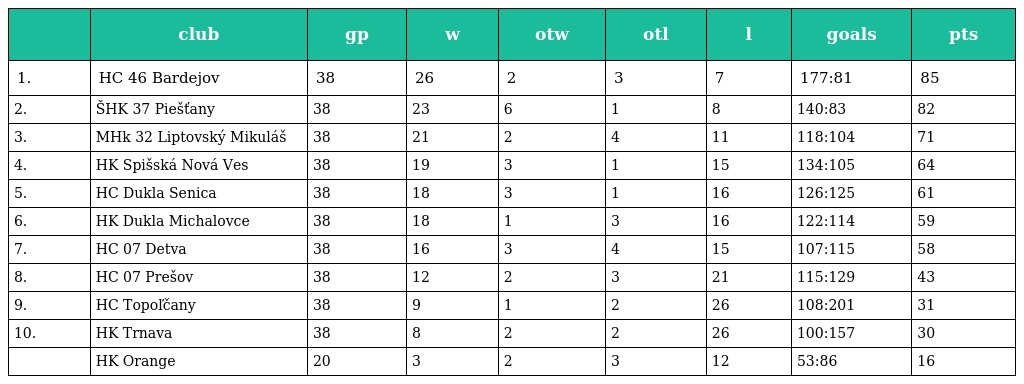
|  | club | gp | w | otw | otl | l | goals | pts |
 | --- | --- | --- | --- | --- | --- | --- | --- | --- |
 | 1. | HC 46 Bardejov | 38 | 26 | 2 | 3 | 7 | 177:81 | 85 |
 | 2. | ŠHK 37 Piešťany | 38 | 23 | 6 | 1 | 8 | 140:83 | 82 |
 | 3. | MHk 32 Liptovský Mikuláš | 38 | 21 | 2 | 4 | 11 | 118:104 | 71 |
 | 4. | HK Spišská Nová Ves | 38 | 19 | 3 | 1 | 15 | 134:105 | 64 |
 | 5. | HC Dukla Senica | 38 | 18 | 3 | 1 | 16 | 126:125 | 61 |
 | 6. | HK Dukla Michalovce | 38 | 18 | 1 | 3 | 16 | 122:114 | 59 |
 | 7. | HC 07 Detva | 38 | 16 | 3 | 4 | 15 | 107:115 | 58 |
 | 8. | HC 07 Prešov | 38 | 12 | 2 | 3 | 21 | 115:129 | 43 |
 | 9. | HC Topoľčany | 38 | 9 | 1 | 2 | 26 | 108:201 | 31 |
 | 10. | HK Trnava | 38 | 8 | 2 | 2 | 26 | 100:157 | 30 |
 |  | HK Orange | 20 | 3 | 2 | 3 | 12 | 53:86 | 16 |